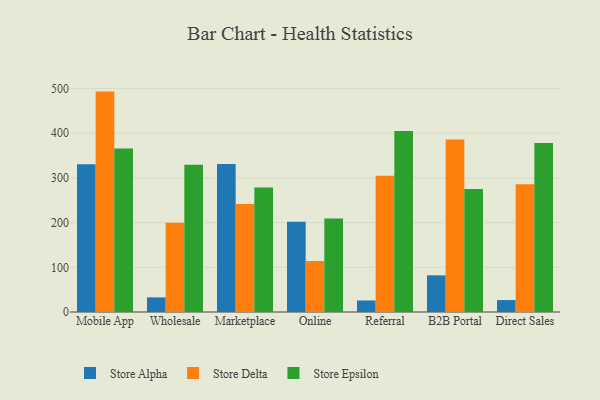
{"axis": {"x": "Channel", "y": "Net Income (USD K)"}, "legend": ["Store Alpha", "Store Delta", "Store Epsilon"], "data": [{"x": "Mobile App", "y": 330.9, "type": "Store Alpha"}, {"x": "Mobile App", "y": 493.2, "type": "Store Delta"}, {"x": "Mobile App", "y": 366.1, "type": "Store Epsilon"}, {"x": "Wholesale", "y": 32.7, "type": "Store Alpha"}, {"x": "Wholesale", "y": 199.8, "type": "Store Delta"}, {"x": "Wholesale", "y": 329.7, "type": "Store Epsilon"}, {"x": "Marketplace", "y": 331.1, "type": "Store Alpha"}, {"x": "Marketplace", "y": 241.6, "type": "Store Delta"}, {"x": "Marketplace", "y": 278.4, "type": "Store Epsilon"}, {"x": "Online", "y": 202.2, "type": "Store Alpha"}, {"x": "Online", "y": 114.2, "type": "Store Delta"}, {"x": "Online", "y": 209.3, "type": "Store Epsilon"}, {"x": "Referral", "y": 25.8, "type": "Store Alpha"}, {"x": "Referral", "y": 305.0, "type": "Store Delta"}, {"x": "Referral", "y": 405.2, "type": "Store Epsilon"}, {"x": "B2B Portal", "y": 82.0, "type": "Store Alpha"}, {"x": "B2B Portal", "y": 385.9, "type": "Store Delta"}, {"x": "B2B Portal", "y": 275.2, "type": "Store Epsilon"}, {"x": "Direct Sales", "y": 26.7, "type": "Store Alpha"}, {"x": "Direct Sales", "y": 286.0, "type": "Store Delta"}, {"x": "Direct Sales", "y": 378.0, "type": "Store Epsilon"}]}